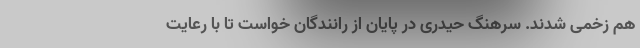
هم زخمی شدند. سرهنگ حیدری در پایان از رانندگان خواست تا با رعایت